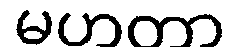
မဟတာ